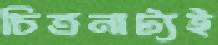
চিত্রনাট্যই